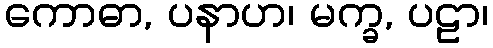
ကောဓာ, ပနာဟ၊ မက္ခ, ပဠာ၊